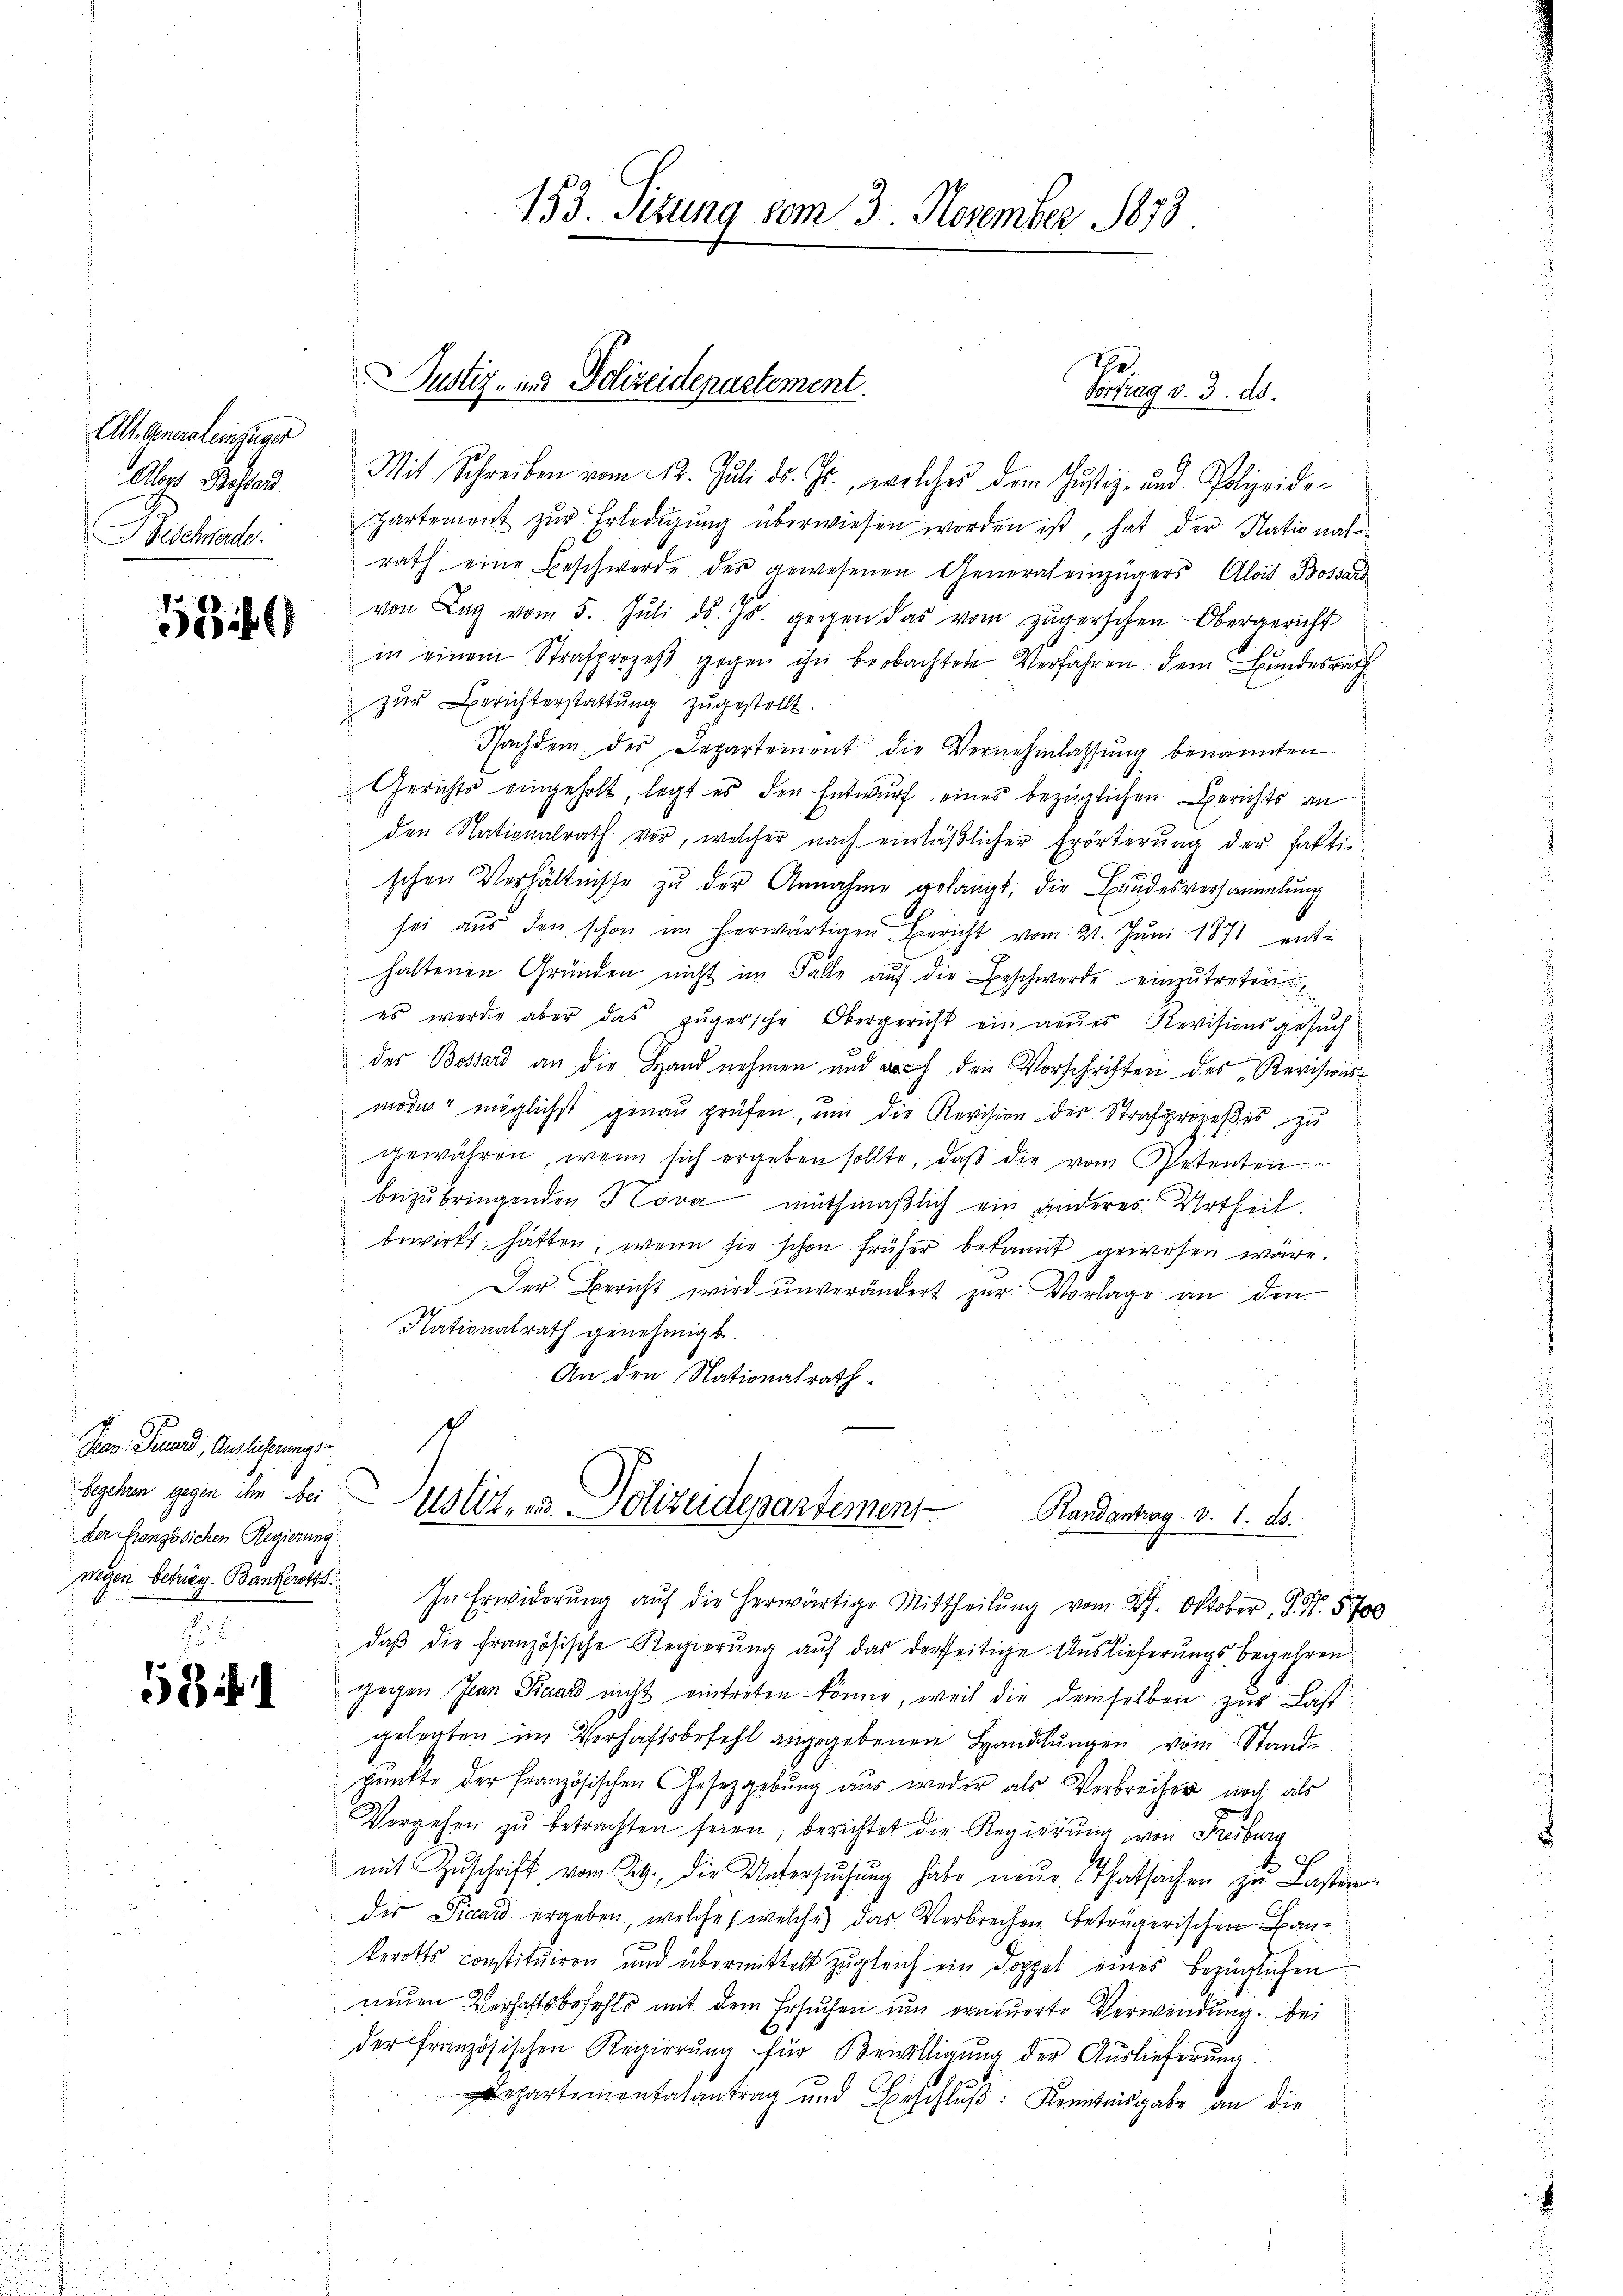
Alt General einzuger
Aber Behand
Beschende

580

Gen. Finand, Auslicherungsbegehren gegen ihm ei
der französichen Regierung

Bil

Mit Schreiben vom 12. Juli d. Js., welches dem Justiz- und Polizeide-
partement zŭr Erledigŭng überwiesen worden ist, hat der Natio nahe
rath eine Beschwerde des gewesenen General einzügers Alois Bossard
von Lag vom 5. Jŭli d. Js. gegen das vom zŭgerschen Obergericht
in einem Strafprozeβ gegen ihn beobachtete Verfahren dem Bundesrath
zŭr Berichterstattŭng zugestellt.
Pfachdem des Departement die Vornehmlassŭng benannten
Gerichts eingeholt legt es den Entwurf eines bezüglichen Berichts an
den Nationalrath vor, welcher nach einläβlicher Erörterŭng der fakti-
schen Verhältnisse zu der Annahme gelangt, die Bundesversammlung
sei aus den schon im herwärtigen Bericht vom 21. Juni 1871 enthaltenen Gründen nicht im Falle auf die Beschwerde einzutreten
es werde aber das Zŭgersche Obergericht ein neues Revisionsgesuch
des Bossard an die Hand nehmen und doch den Vorschriften des Revisionsmoder möglichst genau prüfen, um die Revision der Strafprozeßes zu
gewähren, wenn sich ergeben sollte, daβ die vom Petenten
bezubringenden Kova, muthmaßlich ein anderes Urtheil.
bewirkt hatten, wenn sie schon früher bekannt gewesen wäre.
Der Bericht wird ŭnverändert zŭr Vorlage an den
Nationalrath genehmigt.
An den Nationalrath
Justiz- & Polizeidepartement
Randantrag v. 1. ds.
wegen betrieg. Bankrot. In Erwiderŭng aŭf die herwärtige Mittheilŭng vom 27. Oktober, S. Nr. 5700
daβ die französische Regierŭng auf das dortseitige Auslieferungsbegehren
gegen Jean Paard nicht eintreten könne, weil die demselben zur Last
gelegten im Verhaftsbefehl angegebenen Handlungen vom Standpunkte der französischen Gesetzgebung aus weder als Verbrecher noch als
Vergehen zŭ betrachten seien, berichtet die Regierŭng von Freiburg
mit Zuschrift vom 24. die Untersŭchŭng habe neŭe Thatsachen zu Lasten
der Vicard ergeben, welche, welche) das Verbrechen betrügerischen Baukerotts constituiren und übermittelt zugleich ein Doppel eines bezüglichen
neuen Verhaftsbefehls mit dem Ersuchen um erneuerte Verwendung. Bei
der französischen Regierŭng für Bewilligŭng der Auslieferung.
Departementalantrag und Erschluß: Kenntnisgabe an die

Justiz- und Polizeidepartement.

153. Sizung vom 3. November 1873

Pofay v. 3. ds.